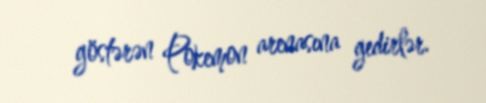
göstərən Pokemon arenasına gedirlər.